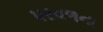
પરવળના